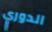
الدوري